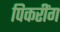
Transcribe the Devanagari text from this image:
पिकरींग